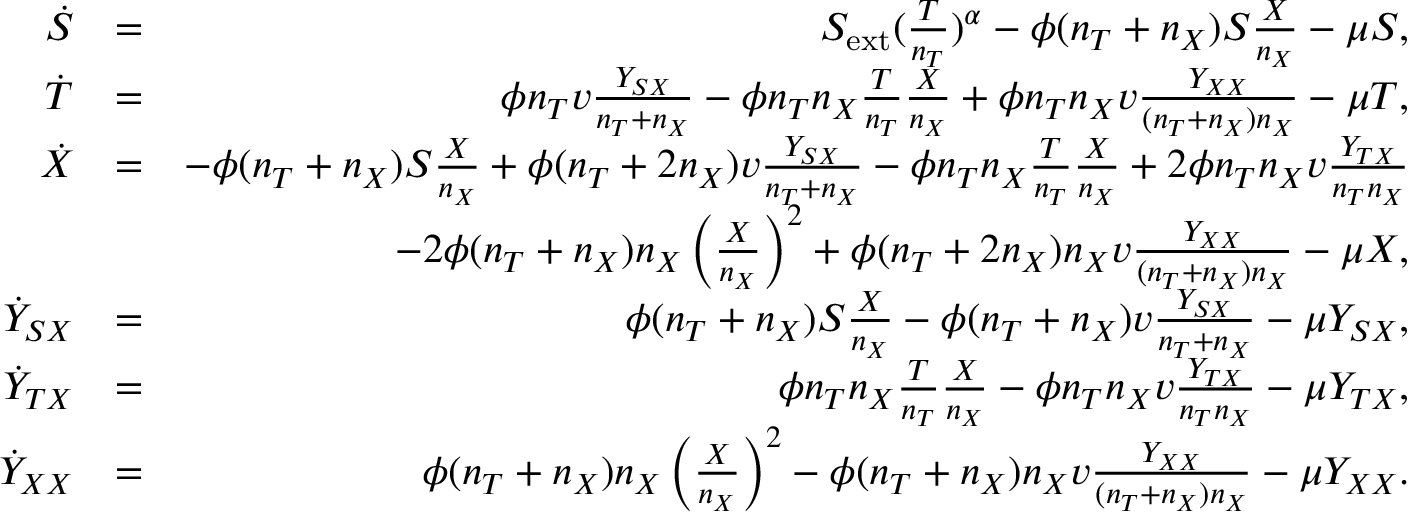
\begin{array} { r l r } { \dot { S } } & { = } & { S _ { \mathrm { e x t } } ( \frac { T } { n _ { T } } ) ^ { \alpha } - \phi ( n _ { T } + n _ { X } ) S \frac { X } { n _ { X } } - \mu S , } \\ { \dot { T } } & { = } & { \phi n _ { T } v \frac { Y _ { S X } } { n _ { T } + n _ { X } } - \phi n _ { T } n _ { X } \frac { T } { n _ { T } } \frac { X } { n _ { X } } + \phi n _ { T } n _ { X } v \frac { Y _ { X X } } { ( n _ { T } + n _ { X } ) n _ { X } } - \mu T , } \\ { \dot { X } } & { = } & { - \phi ( n _ { T } + n _ { X } ) S \frac { X } { n _ { X } } + \phi ( n _ { T } + 2 n _ { X } ) v \frac { Y _ { S X } } { n _ { T } + n _ { X } } - \phi n _ { T } n _ { X } \frac { T } { n _ { T } } \frac { X } { n _ { X } } + 2 \phi n _ { T } n _ { X } v \frac { Y _ { T X } } { n _ { T } n _ { X } } } \\ & { } & { - 2 \phi ( n _ { T } + n _ { X } ) n _ { X } \left( \frac { X } { n _ { X } } \right) ^ { 2 } + \phi ( n _ { T } + 2 n _ { X } ) n _ { X } v \frac { Y _ { X X } } { ( n _ { T } + n _ { X } ) n _ { X } } - \mu X , } \\ { \dot { Y } _ { S X } } & { = } & { \phi ( n _ { T } + n _ { X } ) S \frac { X } { n _ { X } } - \phi ( n _ { T } + n _ { X } ) v \frac { Y _ { S X } } { n _ { T } + n _ { X } } - \mu Y _ { S X } , } \\ { \dot { Y } _ { T X } } & { = } & { \phi n _ { T } n _ { X } \frac { T } { n _ { T } } \frac { X } { n _ { X } } - \phi n _ { T } n _ { X } v \frac { Y _ { T X } } { n _ { T } n _ { X } } - \mu Y _ { T X } , } \\ { \dot { Y } _ { X X } } & { = } & { \phi ( n _ { T } + n _ { X } ) n _ { X } \left( \frac { X } { n _ { X } } \right) ^ { 2 } - \phi ( n _ { T } + n _ { X } ) n _ { X } v \frac { Y _ { X X } } { ( n _ { T } + n _ { X } ) n _ { X } } - \mu Y _ { X X } . } \end{array}